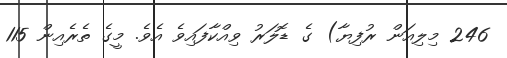
246 މިލިއަން ރުފިޔާ) ގެ ޑޮލަރު ވިއްކާފައިވެ އެވެ. މީގެ ތެރެއިން 115